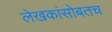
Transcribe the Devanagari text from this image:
लेखकांसोबतच